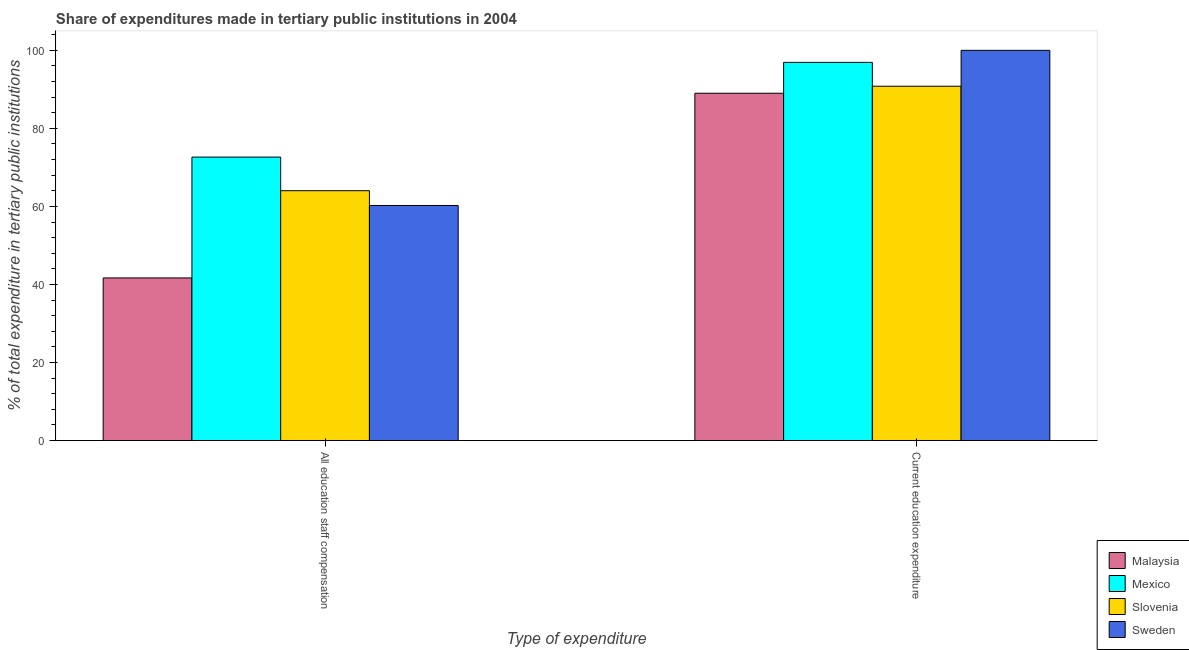
| Type of expenditure | Malaysia | Mexico | Slovenia | Sweden |
 | --- | --- | --- | --- | --- |
 | All education staff compensation | 41.7 | 72.6 | 64 | 60.2 |
 | Current education expenditure | 89 | 96.9 | 90.8 | 100 |